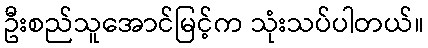
ဦးစည်သူအောင်မြင့်က သုံးသပ်ပါတယ်။